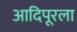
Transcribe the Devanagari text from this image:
आदिपूरला